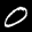
Label: 0